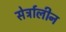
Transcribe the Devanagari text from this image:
सेर्ट्रालीन